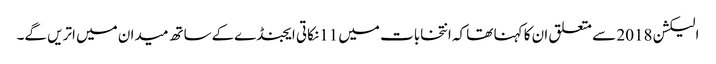
الیکشن 2018 سے متعلق ان کا کہنا تھا کہ انتخابات میں 11نکاتی ایجنڈےکےساتھ میدان میں اتریں گے۔